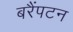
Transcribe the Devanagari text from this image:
बरैंपटन